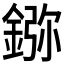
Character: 𨨮